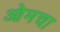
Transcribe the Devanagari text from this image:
ओमचा